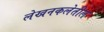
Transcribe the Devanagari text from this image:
लेखनकलेतील